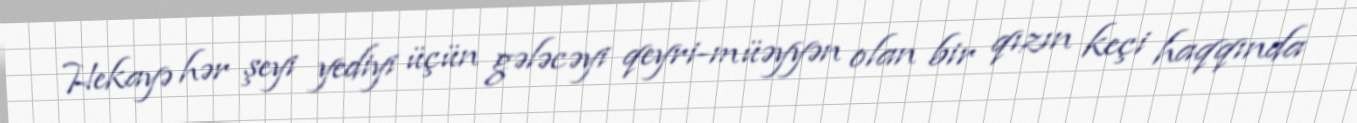
Hekayə hər şeyi yediyi üçün gələcəyi qeyri-müəyyən olan bir qızın keçi haqqında